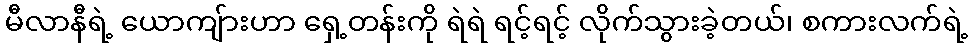
မီလာနီရဲ့ ယောကျ်ားဟာ ရှေ့တန်းကို ရဲရဲ ရင့်ရင့် လိုက်သွားခဲ့တယ်၊ စကားလက်ရဲ့